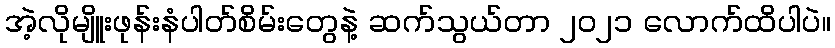
အဲ့လိုမျိူးဖုန်းနံပါတ်စိမ်းတွေနဲ့ ဆက်သွယ်တာ ၂၀၂၁ လောက်ထိပါပဲ။